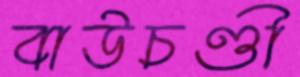
বাউচণ্ডী